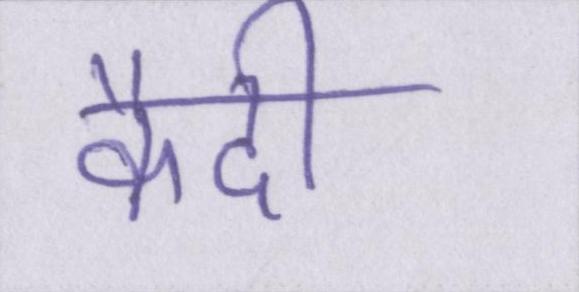
कैदी